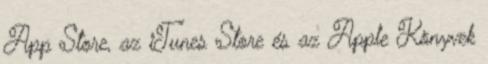
App Store, az iTunes Store és az Apple Könyvek